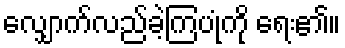
လျှောက်လည်ခဲ့ကြပုံကို ရေး၏။